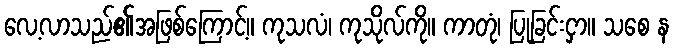
လေ့လာသည်၏အဖြစ်ကြောင့်။ ကုသလံ၊ ကုသိုလ်ကို။ ကာတုံ၊ ပြုခြင်းငှာ။ သစေ န